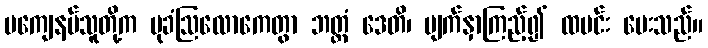
မကျေနပ်သူတို့က မုခံဩလောကေတွာ ဘတ္တံ ဒေတိ၊ မျက်နှာကြည့်၍ ထမင်း ပေးသည်။